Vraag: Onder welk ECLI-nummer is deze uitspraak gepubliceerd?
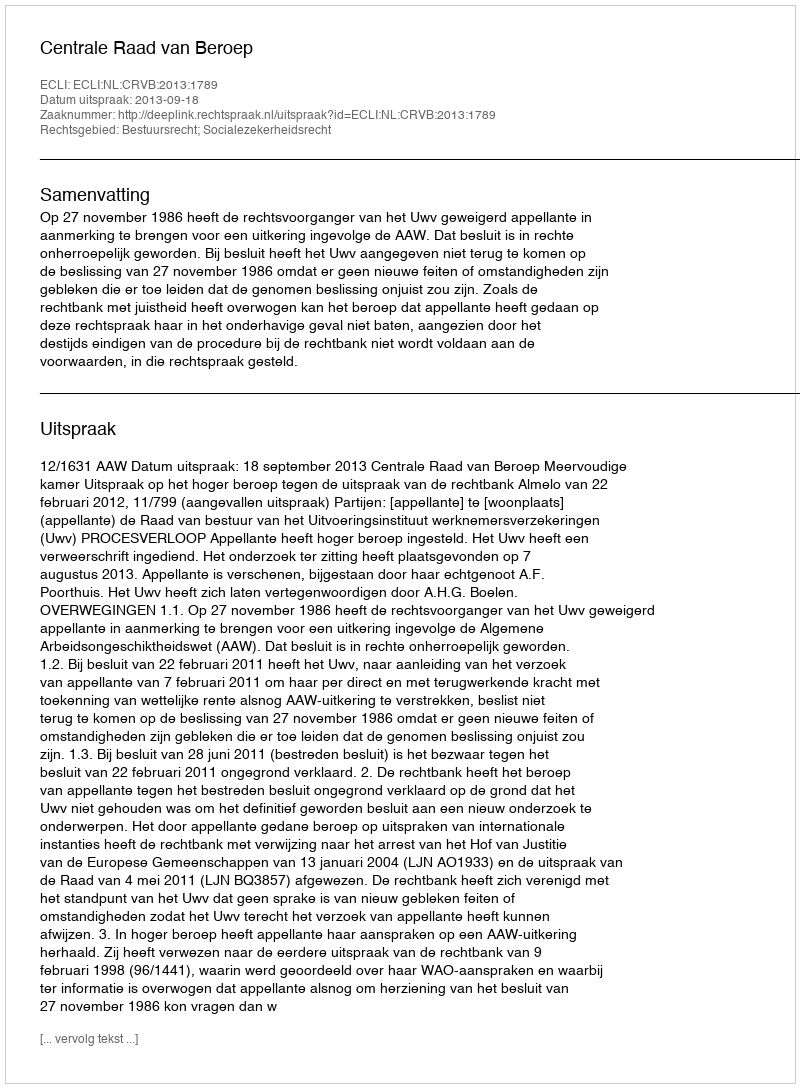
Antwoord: ECLI:NL:CRVB:2013:1789